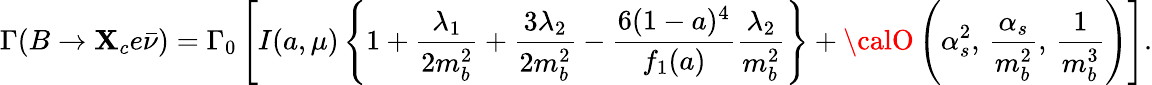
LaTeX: \Gamma(B\to\mathbf{X}_{c}e\bar{{\nu}})=\Gamma_{0}\left[I(a,\mu)\left\{ 1+\frac{{\lambda_{1}}}{{2m_{b}^{2}}}+\frac{{3\lambda_{2}}}{{2m_{b}^{2}}}-\frac{{6(1-a)^{4}}}{{f_{1}(a)}}\frac{{\lambda_{2}}}{{m_{b}^{2}}}\right\} +{\calO}\left(\alpha_{s}^{2},\, \frac{{\alpha_{s}}}{{m_{b}^{2}}},\, \frac{{1}}{{m_{b}^{3}}}\right)\right].